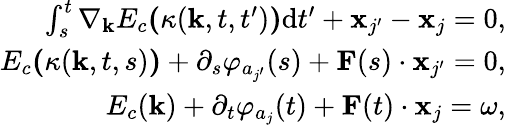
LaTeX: \begin{array}{r}{\int_{s}^{t}\nabla_{\textbf{k}}E_{c}\textbf{(}\kappa(\textbf{k},t,t^{\prime})\textbf{)}\mathrm{d}t^{\prime}+\textbf{x}_{j^{\prime}}-\textbf{x}_{j}=0,}\\ {E_{c}\textbf{(}\kappa(\textbf{k},t,s)\textbf{)}+\partial_{s}\varphi_{a_{j^{\prime}}}(s)+\textbf{F}(s)\cdot\textbf{x}_{j^{\prime}}=0,}\\ {E_{c}(\textbf{k})+\partial_{t}\varphi_{a_{j}}(t)+\textbf{F}(t)\cdot\textbf{x}_{j}=\omega,}\end{array}